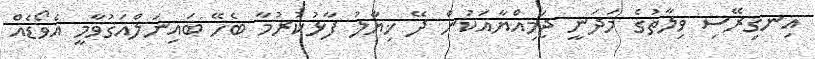
އިނގިރޭސި ވިލާތުގެ މަދަނީ ޖަމިއްޔާއަކުން ދޭ ޚިޔާލު ފާޅުކުރުމާ ބެހޭ ބައިނަލްއަގުވާމީ އެވޯޑެއް